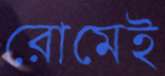
রোমেই